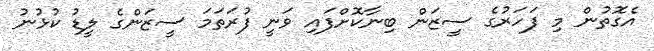
އެގޮތުން މި ފަހަރުގެ ސީޒަން ބިނާކޮށްފައި ވަނީ ފުރަތަމަ ސީޒަންގެ ލީޑު ކުޅުނު